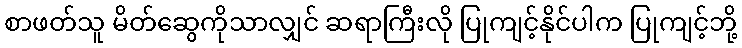
စာဖတ်သူ မိတ်ဆွေကိုသာလျှင် ဆရာကြီးလို ပြုကျင့်နိုင်ပါက ပြုကျင့်ဘို့